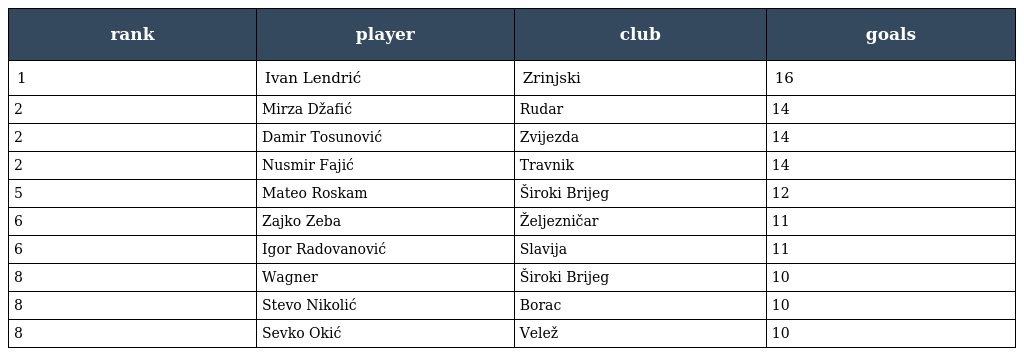
| rank | player | club | goals |
 | --- | --- | --- | --- |
 | 1 | Ivan Lendrić | Zrinjski | 16 |
 | 2 | Mirza Džafić | Rudar | 14 |
 | 2 | Damir Tosunović | Zvijezda | 14 |
 | 2 | Nusmir Fajić | Travnik | 14 |
 | 5 | Mateo Roskam | Široki Brijeg | 12 |
 | 6 | Zajko Zeba | Željezničar | 11 |
 | 6 | Igor Radovanović | Slavija | 11 |
 | 8 | Wagner | Široki Brijeg | 10 |
 | 8 | Stevo Nikolić | Borac | 10 |
 | 8 | Sevko Okić | Velež | 10 |